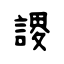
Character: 謖